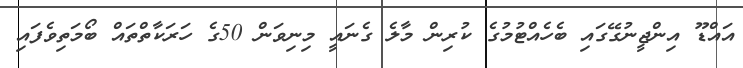
އައްޑޫ އިންޖީނުގޭގައި ބެހެއްޓުމުގެ ކުރިން މާލެ ގެނައީ މިނިވަން 50ގެ ހަރަކާތްތައް ބޯމަތިވެފައި